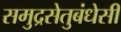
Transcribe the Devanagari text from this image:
समुद्रसेतुबंधेसी